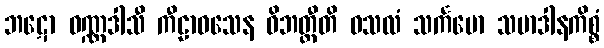
ဘဋော ဝဏ္ဏဒါသီ ကီဠာဝသေန ဝိဘတ္တီတိ ဝသလံ သင်္ကမော သမာဒါနကိစ္စံ